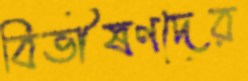
বিভীষণদের